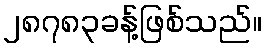
၂၈၇၈၃ခန့်ဖြစ်သည်။